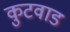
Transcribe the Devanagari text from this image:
कुटवाड